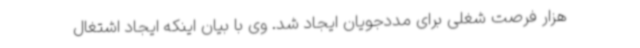
هزار فرصت شغلی برای مددجویان ایجاد شد. وی با بیان اینکه ایجاد اشتغال